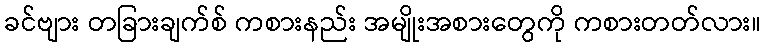
ခင်ဗျား တခြားချက်စ် ကစားနည်း အမျိုးအစားတွေကို ကစားတတ်လား။